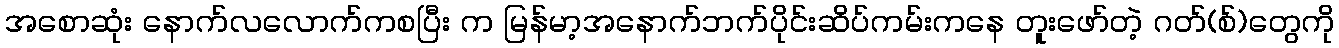
အစောဆုံး နောက်လလောက်ကစပြီး က မြန်မာ့အနောက်ဘက်ပိုင်းဆိပ်ကမ်းကနေ တူးဖော်တဲ့ ဂတ်(စ်)တွေကို